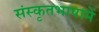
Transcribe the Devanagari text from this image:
संस्कृतभाषामें